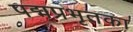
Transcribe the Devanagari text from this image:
पद्मप्रभृतका